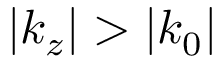
| k _ { z } | > | k _ { 0 } |